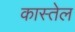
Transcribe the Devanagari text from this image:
कास्तेल